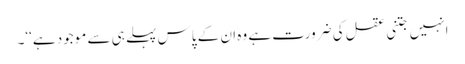
انہیں جتنی عقل کی ضرورت ہے وہ ان کے پاس پہلے ہی سے موجود ہے‘‘۔